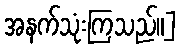
အနက်သုံးကြသည်။]